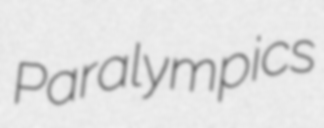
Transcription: Paralympics